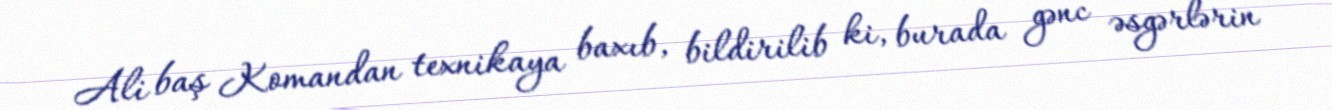
Ali baş Komandan texnikaya baxıb, bildirilib ki, burada gənc əsgərlərin